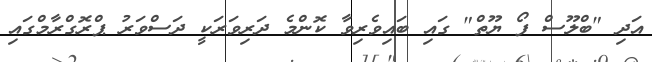
އަދި "ބްލޫސް ފޯ ޔޫތް" ގައި ބައިވެރިވާ ކޮންމެ ދަރިވަރަކީ ދަސްވަރު ޕްރޮގްރާމްގައި